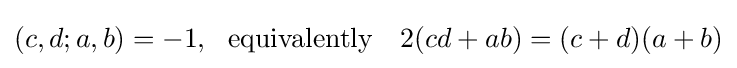
(c,d;a,b)=-1,\ {\text{ equivalently }}\ \ 2(cd+ab)=(c+d)(a+b)